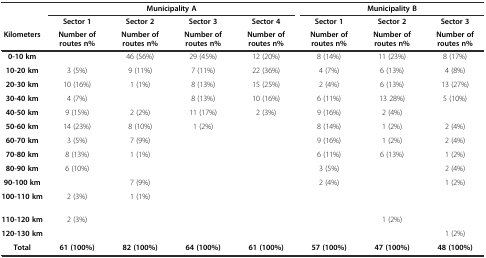
|  | <COLSPAN=4> Municipality A | <COLSPAN=3> Municipality B |
 |  | Sector 1 | Sector 2 | Sector 3 | Sector 4 | Sector 1 | Sector 2 | Sector 3 |
 | Kilometers | Number of routes n% | Number of routes n% | Number of routes n% | Number of routes n% | Number of routes n% | Number of routes n% | Number of routes n% |
 | --- | --- | --- | --- | --- | --- | --- | --- |
 | 0-10 km |  | 46 (56%) | 29 (45%) | 12 (20%) | 8 (14%) | 11 (23%) | 8 (17%) |
 | 10-20 km | 3 (5%) | 9 (11%) | 7 (11%) | 22 (36%) | 4 (7%) | 6 (13%) | 4 (8%) |
 | 20-30 km | 10 (16%) | 1 (1%) | 8 (13%) | 15 (25%) | 2 (4%) | 6 (13%) | 13 (27%) |
 | 30-40 km | 4 (7%) |  | 8 (13%) | 10 (16%) | 6 (11%) | 13 28%) | 5 (10%) |
 | 40-50 km | 9 (15%) | 2 (2%) | 11 (17%) | 2 (3%) | 9 (16%) | 2 (4%) |  |
 | 50-60 km | 14 (23%) | 8 (10%) | 1 (2%) |  | 8 (14%) | 1 (2%) | 2 (4%) |
 | 60-70 km | 3 (5%) | 7 (9%) |  |  | 9 (16%) | 1 (2%) | 2 (4%) |
 | 70-80 km | 8 (13%) | 1 (1%) |  |  | 6 (11%) | 6 (13%) | 1 (2%) |
 | 80-90 km | 6 (10%) |  |  |  | 3 (5%) |  | 2 (4%) |
 | 90-100 km |  | 7 (9%) |  |  | 2 (4%) |  | 1 (2%) |
 | 100-110 km | 2 (3%) | 1 (1%) |  |  |  |  |  |
 | 110-120 km | 2 (3%) |  |  |  |  | 1 (2%) |  |
 | 120-130 km |  |  |  |  |  |  | 1 (2%) |
 | Total | 61 (100%) | 82 (100%) | 64 (100%) | 61 (100%) | 57 (100%) | 47 (100%) | 48 (100%) |